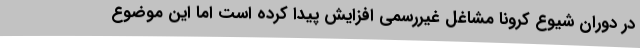
در دوران شیوع کرونا مشاغل غیررسمی افزایش پیدا کرده است اما این موضوع